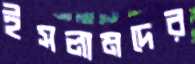
ইসলামদের